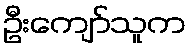
ဦးကျော်သူက